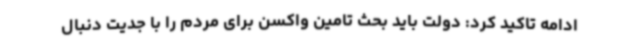
ادامه تاکید کرد: دولت باید بحث تامین واکسن برای مردم را با جدیت دنبال